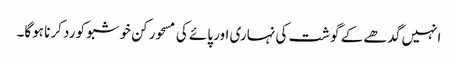
انہیں گدھے کے گوشت کی نہاری اور پائے کی مسحور کن خوشبو کو رد کرنا ہوگا۔